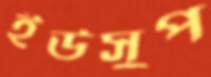
ইউসুপ